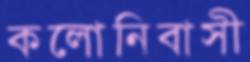
কলোনিবাসী